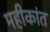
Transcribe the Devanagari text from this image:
महीकांत